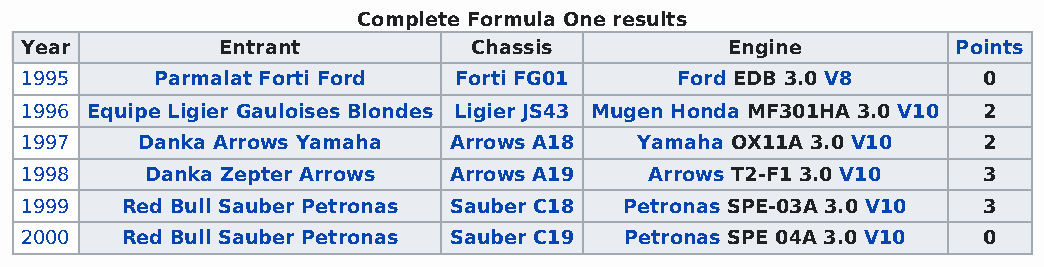
Complete Formula One results
 Year          Entrant         Chassis          Engine         Points
 1995     Parmalat Forti Ford Forti FG01     Ford EDB 3.0 V8     0
 1996 Equipe Ligier Gauloises Blondes Ligier JS43 Mugen Honda MF301HA 3.0 V10 2
 1997    Danka Arrows Yamaha  Arrows A18  Yamaha OX11A 3.0 V10   2
 1998     Danka Zepter Arrows Arrows A19   Arrows T2-F1 3.0 V10  3
 1999   Red Bull Sauber Petronas Sauber C18 Petronas SPE-03A 3.0 V10 3
 2000   Red Bull Sauber Petronas Sauber C19 Petronas SPE 04A 3.0 V10 0